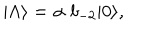
LaTeX: | \Lambda \rangle = \alpha \; b _ { - 2 } | 0 \rangle ,